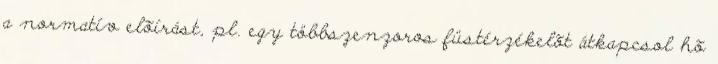
a normatív elõírást, pl. egy többszenzoros füstérzékelõt átkapcsol hõ